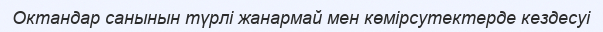
Октандар санынын түрлі жанармай мен көмірсутектерде кездесуі